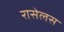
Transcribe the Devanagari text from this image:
रासेलस